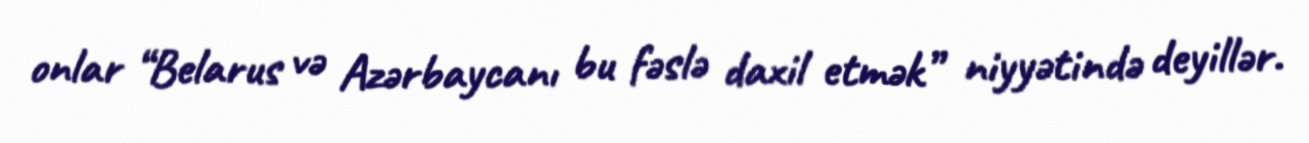
onlar “Belarus və Azərbaycanı bu fəslə daxil etmək” niyyətində deyillər.